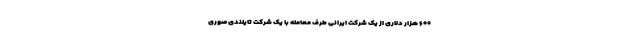
۶۰۰ هزار دلاری از یک شرکت ایرانی طرف معامله با یک شرکت تایلندی صوری